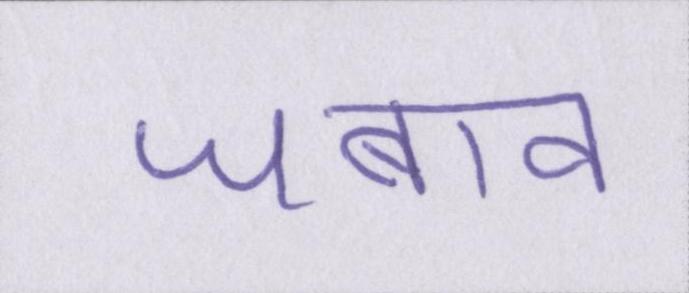
जबाव